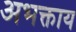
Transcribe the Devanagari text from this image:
अभक्ताय